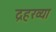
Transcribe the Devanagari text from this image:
द्रहरव्या